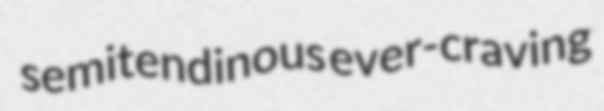
semitendinous ever-craving